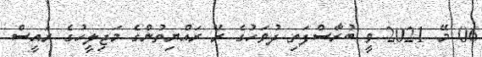
06 މޭ 2021 ވީ ބުރާސްފަތި ދުވަހުގެ ރޭ ރައްޔިތުންގެ މަޖިލީހުގެ ރައީސް